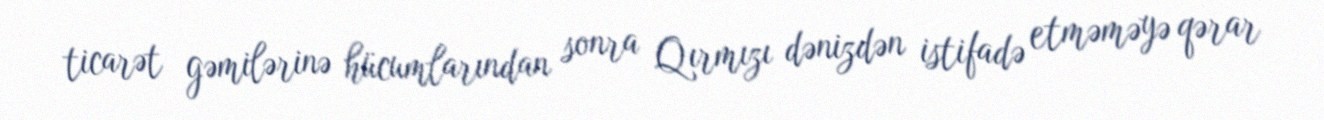
ticarət gəmilərinə hücumlarından sonra Qırmızı dənizdən istifadə etməməyə qərar